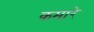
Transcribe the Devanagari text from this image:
कमारे